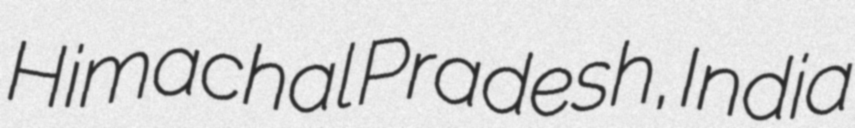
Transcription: Himachal Pradesh, India